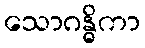
သောဂန္ဓိကာ